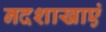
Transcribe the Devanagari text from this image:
नदशाखाएं